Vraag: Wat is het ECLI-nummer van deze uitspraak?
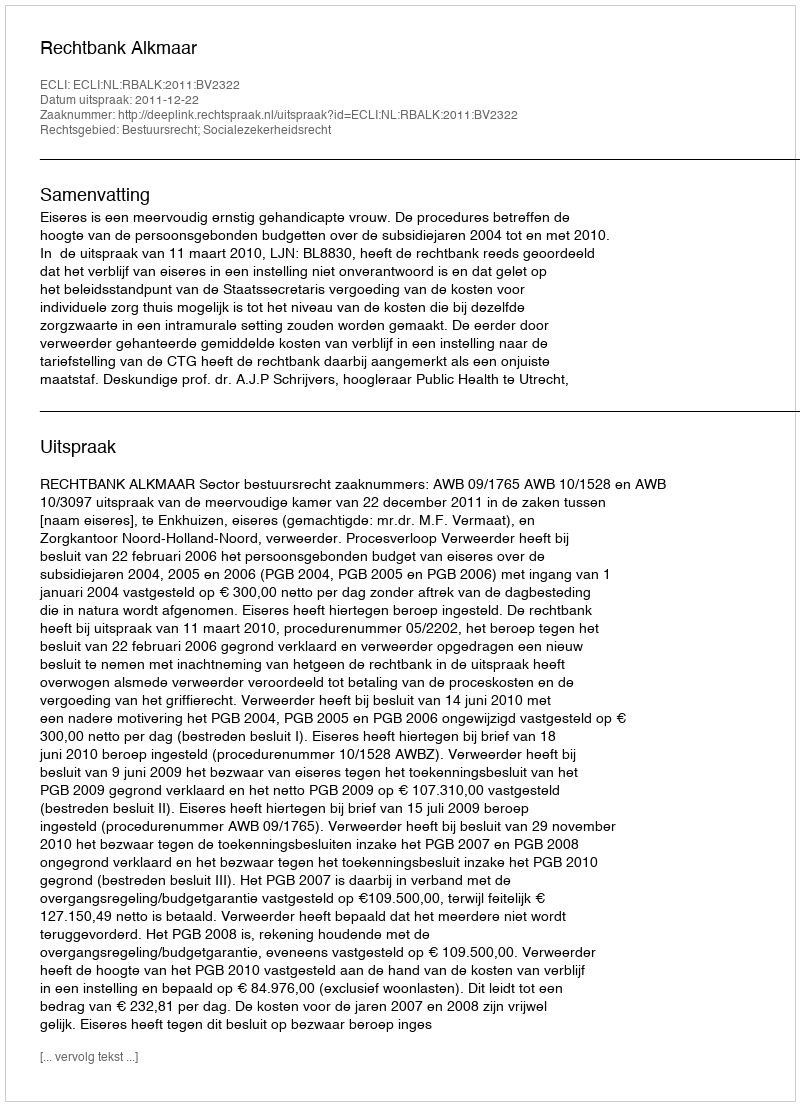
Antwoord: ECLI:NL:RBALK:2011:BV2322